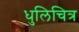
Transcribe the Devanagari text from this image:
धुलिचित्र